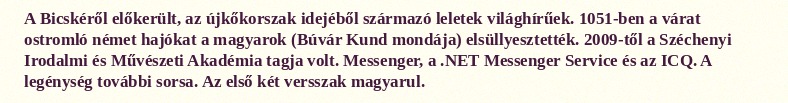
A Bicskéről előkerült, az újkőkorszak idejéből származó leletek világhírűek. 1051-ben a várat ostromló német hajókat a magyarok (Búvár Kund mondája) elsüllyesztették. 2009-től a Széchenyi Irodalmi és Művészeti Akadémia tagja volt. Messenger, a .NET Messenger Service és az ICQ. A legénység további sorsa. Az első két versszak magyarul.